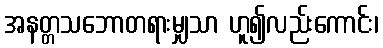
အနတ္တသဘောတရားမျှသာ ဟူ၍လည်းကောင်း၊